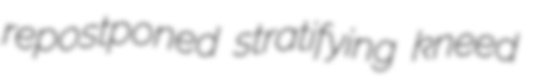
repostponed stratifying kneed